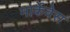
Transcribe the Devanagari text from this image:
मार्केवेस